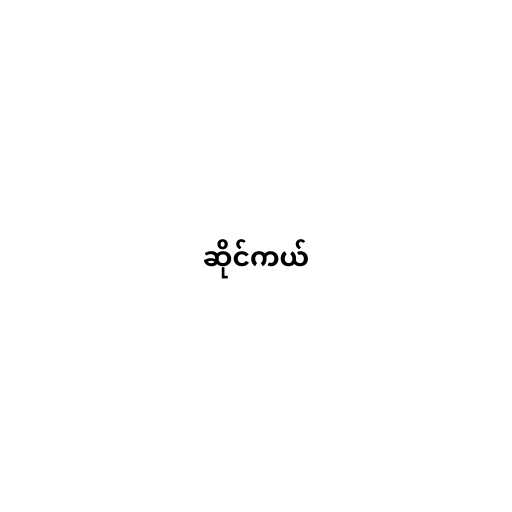
ဆိုင်ကယ်